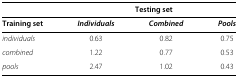
<table><thead><tr><td></td><td colspan="3"><b>Testing set</b></td></tr></thead><tbody><tr><td><b>Training set</b></td><td><b><i>Individuals</i></b></td><td><b><i>Combined</i></b></td><td><b><i>Pools</i></b></td></tr><tr><td><i>individuals</i></td><td>0.63</td><td>0.82</td><td>0.75</td></tr><tr><td><i>combined</i></td><td>1.22</td><td>0.77</td><td>0.53</td></tr><tr><td><i>pools</i></td><td>2.47</td><td>1.02</td><td>0.43</td></tr></tbody></table>